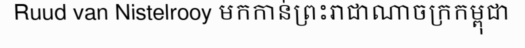
Ruud van Nistelrooy មកកាន់ព្រះរាជាណាចក្រកម្ពុជា